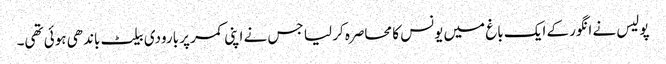
پولیس نے انگور کے ایک باغ میں یونس کا محاصرہ کر لیا جس نے اپنی کمر پر بارودی بیلٹ باندھی ہوئی تھی۔